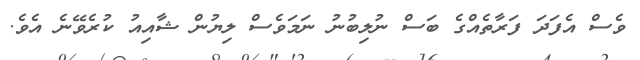
ވެސް އެފަދަ ފަރާތެއްގެ ބަސް ނުލިބުނު ނަމަވެސް ލިޔުން ޝާއިއު ކުރެވޭނެ އެވެ.